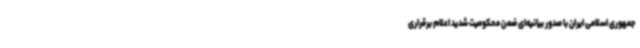
جمهوری اسلامی ایران با صدور بیانیه‌ای ضمن محکومیت شدید اعلام برقراری